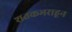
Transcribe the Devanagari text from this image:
शतकभराहून